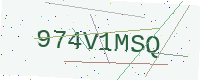
Text: 974V1MSQ